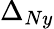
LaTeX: \Delta_{Ny}